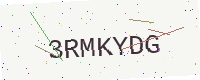
Text: 3RMKYDG